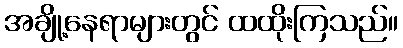
အချို့နေရာများတွင် ထထိုးကြသည်။